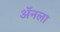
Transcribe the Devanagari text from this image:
ॲनला